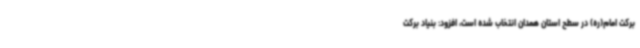
برکت امام(ره) در سطح استان همدان انتخاب شده است، افزود: بنیاد برکت